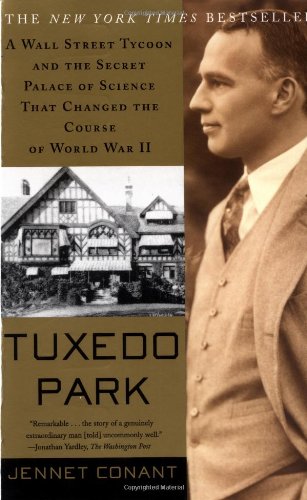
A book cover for Tuxedo Park : A Wall Street Tycoon and the Secret Palace of Science That Changed the Course of World War II; Jennet Conant; Biographies & Memoirs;